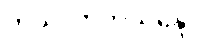
ကုသလာဘိသန္ဒော